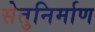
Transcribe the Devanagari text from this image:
सेतुनिर्माण